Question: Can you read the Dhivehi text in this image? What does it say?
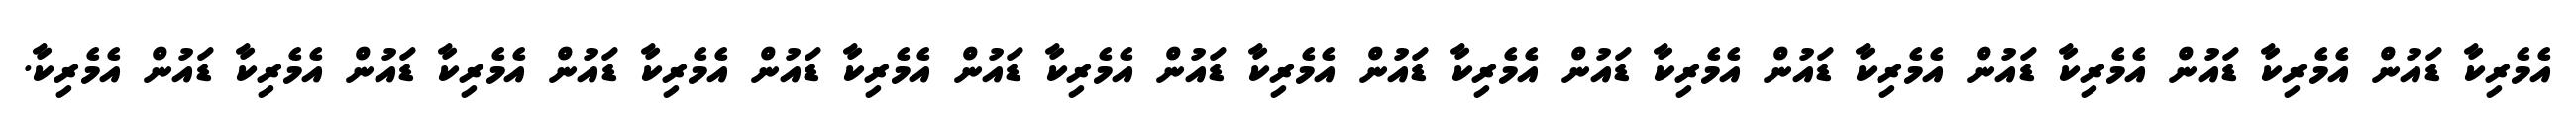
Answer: އެމެރިކާ ޑައުން އެމެރިކާ ޑައުން އެމެރިކާ ޑައުން އެމެރިކާ ޑައުން އެމެރިކާ ޑައުން އެމެރިކާ ޑައުން އެމެރިކާ ޑައުން އެމެރިކާ ޑައުން އެމެރިކާ ޑައުން އެމެރިކާ ޑައުން އެމެރިކާ ޑައުން އެމެރިކާ ޑައުން އެމެރިކާ.